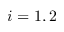
i = 1 , 2